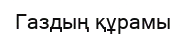
Газдың құрамы